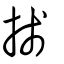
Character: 𢯆